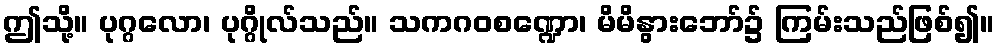
ဤသို့။ ပုဂ္ဂလော၊ ပုဂ္ဂိုလ်သည်။ သကဂဝစဏ္ဍော၊ မိမိနွားဘော်၌ ကြမ်းသည်ဖြစ်၍။